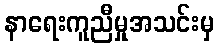
နာရေးကူညီမှုအသင်းမှ